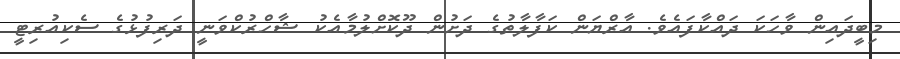
މިބީދައިން ވާހަކަ ދައްކާފައެވެ. އާރްޔަން ކަފާލާތުގެ ދަށުން ދޫކޮށްލުމާއެކު ޝާހްރުކްވަނީ ދަރިފުޅުގެ ސެކިއުރިޓީ